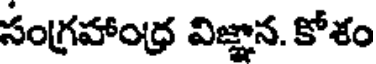
సంగ్రహాంధ్ర విజ్ఞాన. కోశం